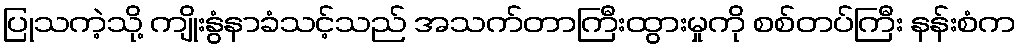
ပြုသကဲ့သို့ ကျိုးနွံနာခံသင့်သည် အသက်တာကြီးထွားမှုကို စစ်တပ်ကြီး နန်းစံက